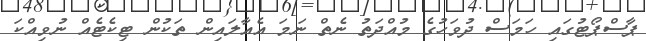
ޕާސްޕޯޓުގައި ހަމަސް ދުވަހުގެ މުއްދަތު ނެތް ނަމަ އެއާލައިން ތަކުން ޓިކެޓެއް ނުވިއްކަ